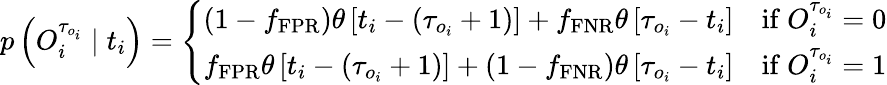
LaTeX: p\left(O_{i}^{\tau_{o_{i}}}\mid t_{i}\right)=\left\{ \begin{array}{ll}{\left(1-f_{\mathrm{FPR}}\right)\theta\left[t_{i}-\left(\tau_{o_{i}}+1\right)\right]+f_{\mathrm{FNR}}\theta\left[\tau_{o_{i}}-t_{i}\right]}&{\mathrm{if~}O_{i}^{\tau_{o_{i}}}=0}\\ {f_{\mathrm{FPR}}\theta\left[t_{i}-\left(\tau_{o_{i}}+1\right)\right]+\left(1-f_{\mathrm{FNR}}\right)\theta\left[\tau_{o_{i}}-t_{i}\right]}&{\mathrm{if~}O_{i}^{\tau_{o_{i}}}=1}\end{array}\right.